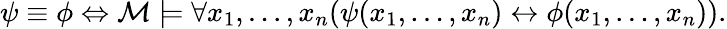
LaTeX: \psi\equiv\phi\Leftrightarrow{\mathcal{M}}\models\forall x_{1},\ldots,x_{n}(\psi(x_{1},\ldots,x_{n})\leftrightarrow\phi(x_{1},\ldots,x_{n})).